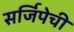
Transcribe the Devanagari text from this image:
सर्जिपेची